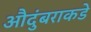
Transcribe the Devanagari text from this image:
औदुंबराकडे